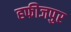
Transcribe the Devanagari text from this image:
हफीजपुर